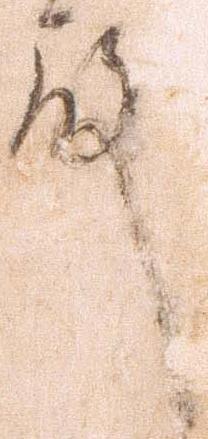
殿